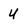
Character: U